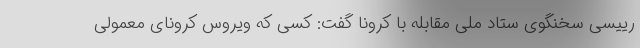
رییسی سخنگوی ستاد ملی مقابله با کرونا گفت: کسی که ویروس کرونای معمولی